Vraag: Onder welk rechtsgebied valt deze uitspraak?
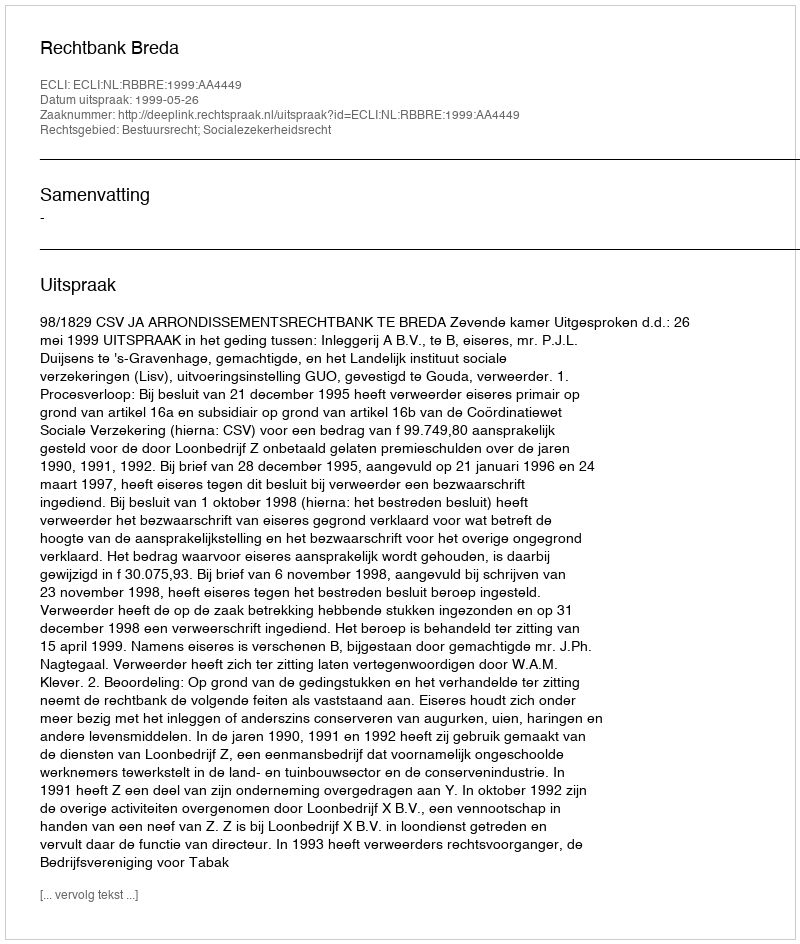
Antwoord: Bestuursrecht; Socialezekerheidsrecht